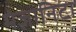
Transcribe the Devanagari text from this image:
मंज़ानिटा